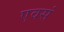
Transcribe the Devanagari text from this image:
एवसं